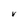
Character: V